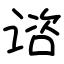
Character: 谘